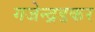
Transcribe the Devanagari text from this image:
गजेन्द्रडकर